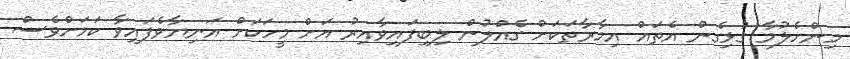
މިންހެލުމާ ގުޅިގެން އެތައް އިމާރާތަކަށް ގެއްލުން ލިބިފައިވާއިރު އަށް މީހަކަށް އަނިޔާވެފައިވާ ކަމަށްވެސް